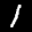
Label: 1